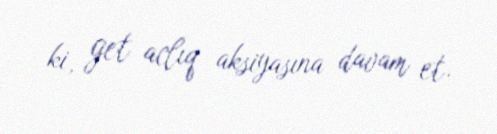
ki, get aclıq aksiyasına davam et.